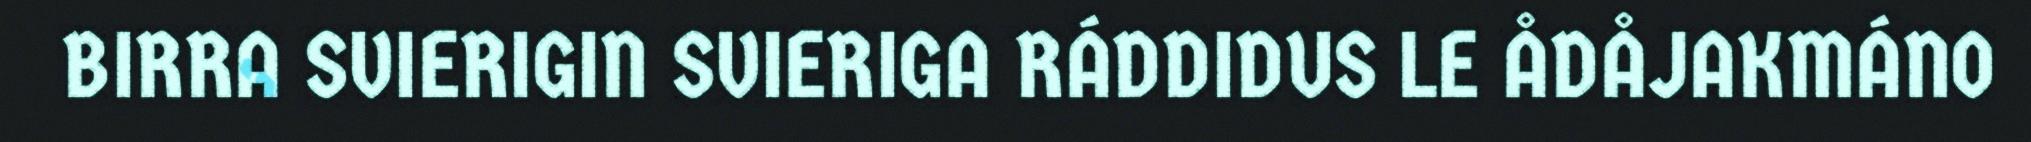
BIRRA SVIERIGIN SVIERIGA RÁDDIDUS LE ÅDÅJAKMÁNO